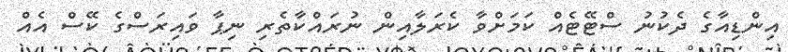
އިންޑިއާގެ ދެކުނު ސްޓޭޓެއް ކަމަށްވާ ކެރަލާއިން ނުރައްކާތެރި ނިޕާ ވައިރަސްގެ ކޭސް އެއް